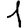
Digit: 1